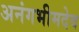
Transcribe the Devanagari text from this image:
अनंगभीमदेव